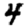
Digit: 4